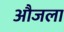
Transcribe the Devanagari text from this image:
औजला